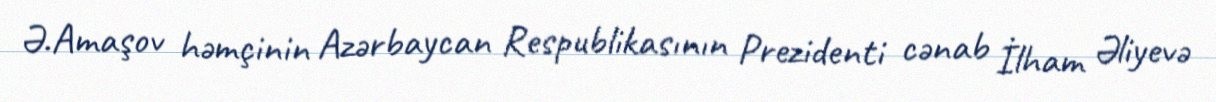
Ə.Amaşov həmçinin Azərbaycan Respublikasının Prezidenti cənab İlham Əliyevə